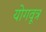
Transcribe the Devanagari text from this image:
योगवूत्र